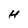
Character: H